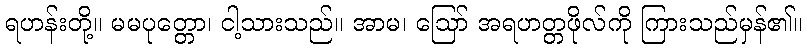
ရဟန်းတို့။ မမပုတ္တော၊ ငါ့သားသည်။ အာမ၊ ဩော် အရဟတ္တဖိုလ်ကို ကြားသည်မှန်၏။